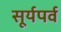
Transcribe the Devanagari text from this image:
सूर्यपर्व